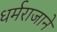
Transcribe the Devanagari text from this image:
धर्मराजाने